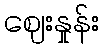
ဈေးနှုန်း